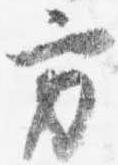
方